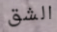
الشق